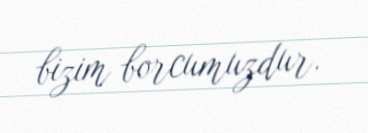
bizim borcumuzdur.